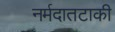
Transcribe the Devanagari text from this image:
नर्मदातटाकी